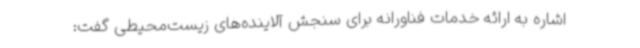
اشاره به ارائه خدمات فناورانه برای سنجش آلاینده‌های زیست‌محیطی گفت: